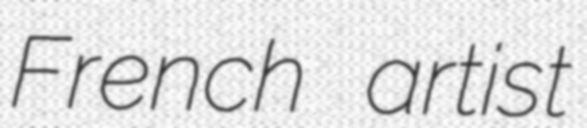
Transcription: French artist